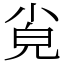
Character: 㝸